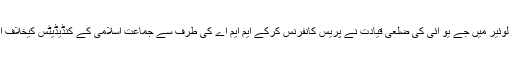
حال ہی میں جماعت اسلامی کے مضبوط گڑھ دیر لوئیر میں جے یو آئی کی ضلعی قیادت نے پریس کانفرنس کرکے ایم ایم اے کی طرف سے جماعت اسلامی کے کنڈیڈیٹس کیخلاف اپنے امیدواروں کی بھرپور حمایت کا اعلان کردیا۔